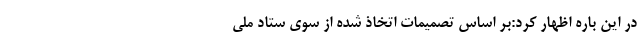
در این باره اظهار کرد:‌بر اساس تصمیمات اتخاذ شده از سوی ستاد ملی